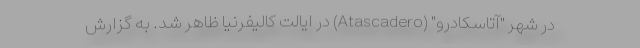
در شهر "آتاسکادرو" (Atascadero) در ایالت کالیفرنیا ظاهر شد. به گزارش